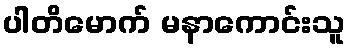
ပါတိမောက် မနာကောင်းသူ